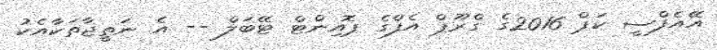
އޭއެފްސީ ކަޕް 2016ގެ ގްރޫޕް އެފްގެ ޕޮއިންޓް ޓޭބަލް -- އެ ނަތީޖާތަކާއެކު